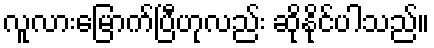
လူလားမြောက်ပြီဟုလည်း ဆိုနိုင်ပါသည်။